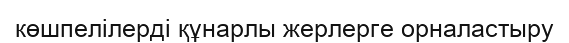
көшпелілерді құнарлы жерлерге орналастыру